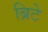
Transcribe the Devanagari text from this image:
ब्रिटे